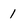
Character: 1